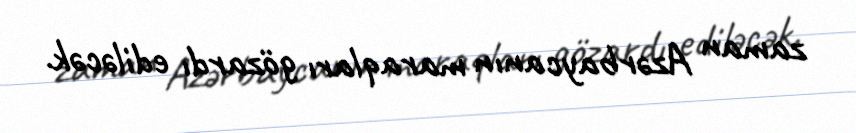
zaman Azərbaycanın maraqları gözardı ediləcək.